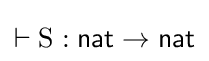
\vdash \mathrm {S} :{\mathsf {nat}}\to {\mathsf {nat}}